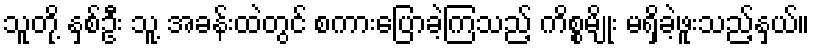
သူတို့ နှစ်ဦး သူ့ အခန်းထဲတွင် စကားပြောခဲ့ကြသည့် ကိစ္စမျိုး မရှိခဲ့ဖူးသည့်နှယ်။